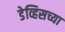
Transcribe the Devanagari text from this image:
डेव्हिसच्या